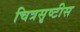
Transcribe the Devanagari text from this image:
चित्रसृष्टीस